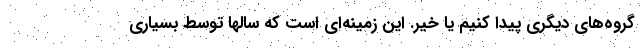
گروه‌های دیگری پیدا کنیم یا خیر. این زمینه‌ای است که سالها توسط بسیاری